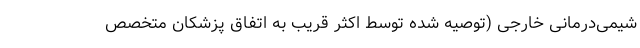
شیمی‌درمانی خارجی (توصیه شده توسط اکثر قریب به اتفاق پزشکان متخصصِ